Annual report on the health of the army in India
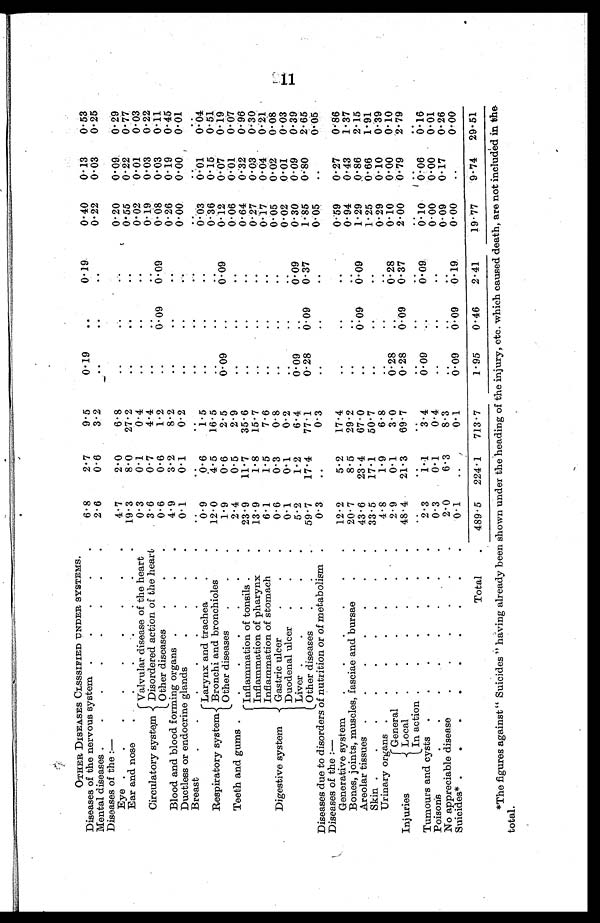
OTHER DISEASES CLSSSIFIED "UNDER SYSTEMS.
Diseases of the nervous system
6.8
2.7
9.5
0.19
..
0.19
0. 40
0.13
0.53
Mental diseases
2.6
0.6
3.2
..
..
..
0.22
0.03
0.25
Diseases of the:—
Eye
4.7
2.0
6.8
..
. .
0.20
0.09
0.29
Ear and nose
19.3
8.0
27.2
..
..
0.55
0.22
0.77
Circulatory system
Valvular disease of the heart
0.3
0.1
0.4
..
..
0 . 0 2
0.01
0.03
Disordered action of the hea
rt
3.6
0.7
4.4
..
..
..
0.19
0.03
0.22
Other diseases
0.6
0.6
1.2
..
0.09
0.09
0.08
0.03
0. 11
Blood and blood forming organs
4.9
3.2
8.2
..
..
..
0.26
0.19
0.45
Ductless or endocrine glands
0.1
0.1
0.2
..
..
. .
0. 00
0. 00
0.01
Breast
..
..
..
..
..
..
..
Larynx and trachea
6.9
0.6
1.5
..
0.03
0.01
0.04
Respiratory system Bronchi and bronchioles
12.0
4.5
16.5
..
..
..
0.36
0.15
0.51
Other diseases
1.9
0.6
2.5
0.09
..
0.09
0.12
0.07
0.19
Teeth and gums
2.4
0.5
2.9
..
..
..
0.06
0.01
0.07
Digestive system
Inflammation of tonsils
23.9
11.7
35.6
..
. .
..
0.64
0.32
0.96
Inflammation of pharynx
13.9
1.8
15.7
. .
. .
. .
0.27
0.03
0.30
Inflammation of stomach
6.1
1.5
7.6
..
..
..
0 . 17
0.04
0.21
Gastric ulcer
0.6
0.3
0.8
..
..
0 . 05
0.02
0.08
Duodenal -ulcer
0.1
0.1
0.2
. .
. .
0 . 02
0.01
0.03
Liver
5.2
1.2
6.4
0 . 0 9
. .
0.09
0 . 30
0.09
0.39
Other diseases
59.7
17.4
77.1
0 . 28
0.09
0.37
1 . 85
0.80
2.65
Diseases due to disorders of nutrition or of metabolism
0.3
..
0.3
..
..
..
0.05
..
0.05
Diseases of the
:—
Generative system.
12.2
5.2
17.4
. .
..
..
0.59
0.27
0.86
* fasciae
Bones, joints, muscles,and bursae
.
.
20.7
8.5
29.2
..
..
..
0.94
0.43
1.37
Areolar tissues
43.6
23.4
67.0
..
0.09
0.09
1.29
0.86
2.15
Skin
33.5
17.1
50.7
..
..
..
1.25
0.66
1.91
Urinary organs
4.8
1.9
6.8.
.
..
..
0.29
0.10
0.39
Injuries
General
2.9
0.1
3.0
0.28
. .
0.28
0.10
0.00
0. 10
Local
48.4
21.3
69.7
0.28
0.09
0.37
2.00
0.79
2.79
In action
.
. .
. .
. .
. .
. .
. .
. .
..
Tumours and cysts
2 . 3
1.1
3.4
0.09
0.09
0.10
0.06
0.16
Poisons
0.3
0.1
0.4
..
..
..
0.00
0.00
0.01
No appreciable disease
2.0
6.3
8. 3.
0.09
0.17
0.26
Suicides*
0.1
..
0.1
0 . 0 9
6.09
0. 19
0.00
..
0.00
Total
489 . 5 224 . 1 713.7
1.95
0.46
2.41
19.77
9.74 29.51
*The figures against"Suicides" having already been shown under the heading of the injury, etc. which caused death, are not included in the
total.